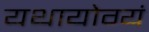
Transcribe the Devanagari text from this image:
यथायोग्यं